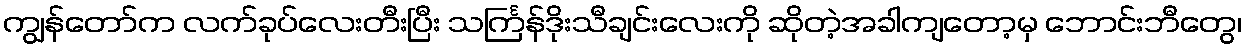
ကျွန်တော်က လက်ခုပ်လေးတီးပြီး သင်္ကြန်ဒိုးသီချင်းလေးကို ဆိုတဲ့အခါကျတော့မှ ဘောင်းဘီတွေ၊